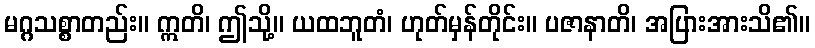
မဂ္ဂသစ္စာတည်း။ ဣတိ၊ ဤသို့။ ယထဘူတံ၊ ဟုတ်မှန်တိုင်း။ ပဇာနာတိ၊ အပြားအားသိ၏။